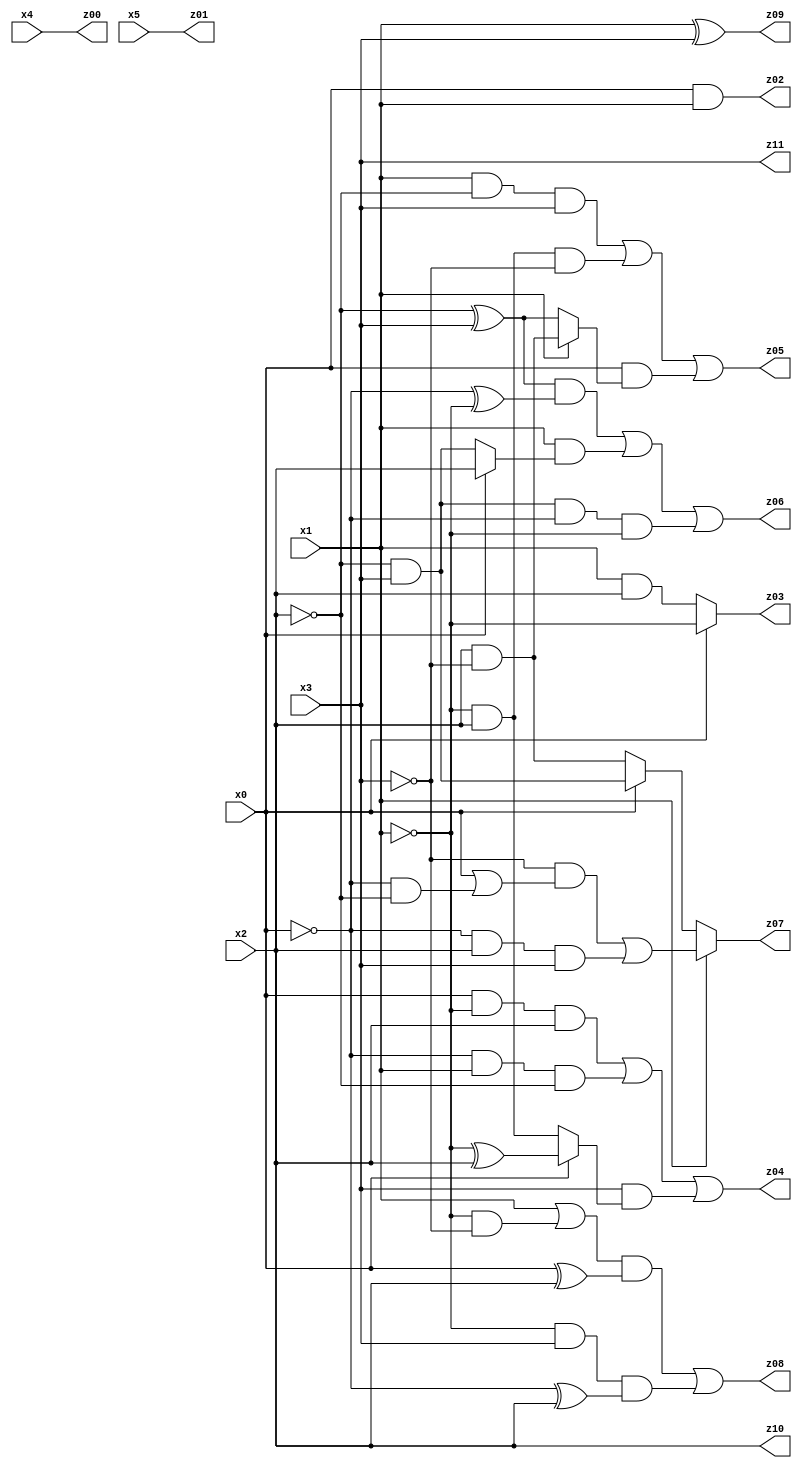
// Benchmark "X_61" written by ABC on Fri Jun 02 22:55:59 2023

module X_61 ( 
    x0, x1, x2, x3, x4, x5,
    z00, z01, z02, z03, z04, z05, z06, z07, z08, z09, z10, z11  );
  input  x0, x1, x2, x3, x4, x5;
  output z00, z01, z02, z03, z04, z05, z06, z07, z08, z09, z10, z11;
  assign z00 = x4;
  assign z01 = x5;
  assign z02 = x0 & x1;
  assign z03 = x0 ? ~x1 : (x1 & x2);
  assign z04 = (x0 & ~x1 & x2) | (~x0 & x1 & ~x2) | (x3 & (x0 ? (~x1 ^ x2) : (~x1 & x2)));
  assign z05 = (x1 & ~x2 & x3) | (~x1 & x2 & ~x3) | (x0 & (x1 ? (x2 & ~x3) : (~x2 ^ x3)));
  assign z06 = ((~x2 ^ x3) & (~x0 ^ ~x1)) | (x1 & (x0 ? x2 : (~x2 & x3))) | (~x2 & x3 & ~x0 & ~x1);
  assign z07 = x1 ? ((~x3 & (x0 | (~x0 & ~x2))) | (~x0 & x2 & x3)) : (x0 ? (~x2 & x3) : (x2 & ~x3));
  assign z08 = ((x1 | (~x1 & ~x3)) & (x0 ^ x2)) | (~x1 & x3 & (~x0 ^ x2));
  assign z09 = x1 ^ x3;
  assign z10 = x2;
  assign z11 = x3;
endmodule